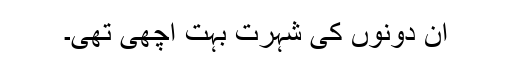
ان دونوں کی شہرت بہت اچھی تھی۔